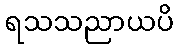
ရသသညာယပိ